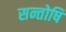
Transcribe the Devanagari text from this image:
सन्तोषि